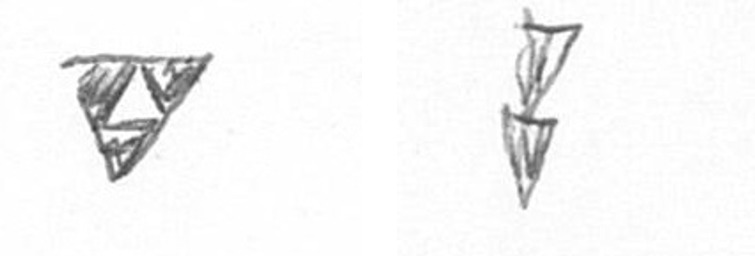
S Z